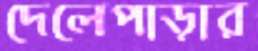
দেলেপাড়ার